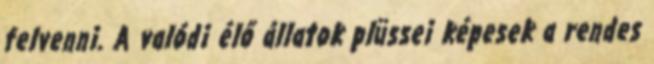
felvenni. A valódi élő állatok plüssei képesek a rendes